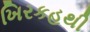
ખિરકહથી